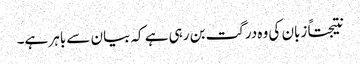
نتیجتاً زبان کی وہ درگت بن رہی ہے کہ بیان سے باہر ہے۔